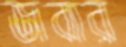
জবার